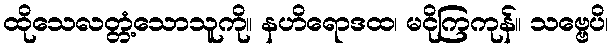
ထိုသေလတ္တံ့သောသူကို။ နဟိရောဒထ၊ မငိုကြကုန်။ သဗ္ဗေပိ၊